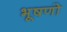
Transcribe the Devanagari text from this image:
भूषणो